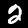
Digit: 2